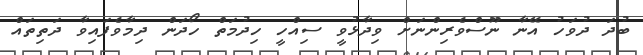
ބުދަ ދުވަހު އޭނާ ނޫސްވެރިންނަށް ވިދާޅުވީ ސިއްހީ ހިދުމަތް ހޯދަން ދިމާވެފައިވާ ދަތިތައް